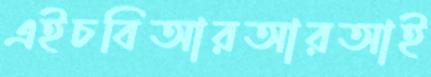
এইচবিআরআরআই